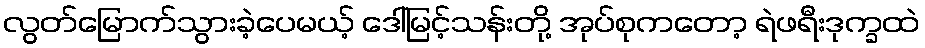
လွတ်မြောက်သွားခဲ့ပေမယ့် ဒေါ်မြင့်သန်းတို့ အုပ်စုကတော့ ရဲဖရီးဒုက္ခထဲ